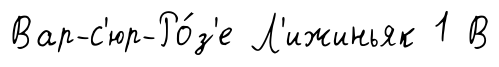
Вар-с'юр-Ро́з'е Л'ижиньяк 1 В